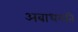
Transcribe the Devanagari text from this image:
अबाधगति